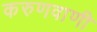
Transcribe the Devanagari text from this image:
करुणवाणी